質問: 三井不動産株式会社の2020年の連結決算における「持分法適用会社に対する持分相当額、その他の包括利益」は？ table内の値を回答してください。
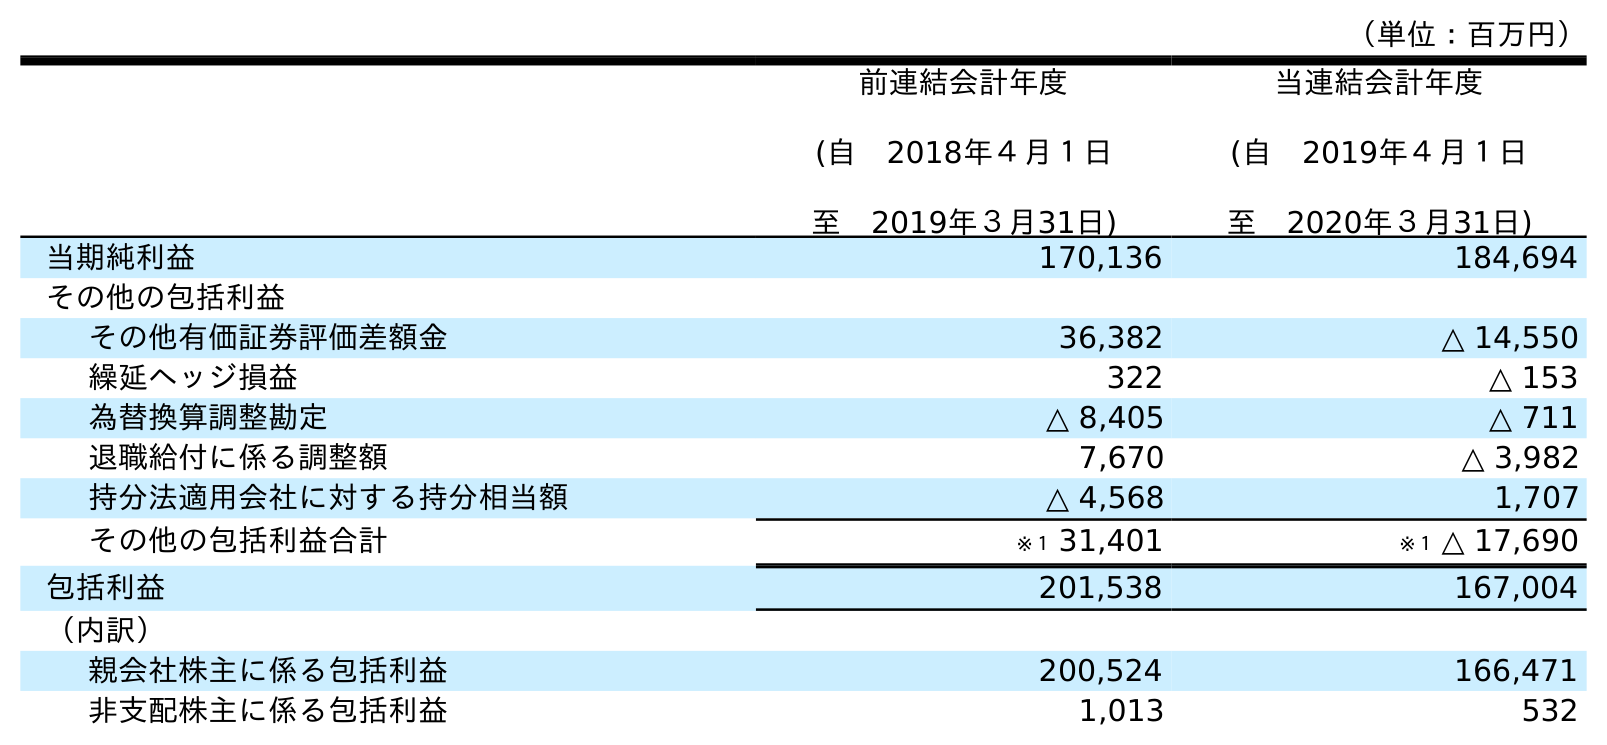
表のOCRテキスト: （単位：百万円） 前連結会計年度 (自 2018年４月１日 至 2019年３月31日) 当連結会計年度 (自 2019年４月１日 至 2020年３月31日) 当期純利益 170,136 184,694 その他の包括利益 その他有価証券評価差額金 36,382 △ 14,550 繰延ヘッジ損益 322 △ 153 為替換算調整勘定 △ 8,405 △ 711 退職給付に係る調整額 7,670 △ 3,982 持分法適用会社に対する持分相当額 △ 4,568 1,707 その他の包括利益合計 ※１ 31,401 ※１ △ 17,690 包括利益 201,538 167,004 （内訳） 親会社株主に係る包括利益 200,524 166,471 非支配株主に係る包括利益 1,013 532
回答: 1,707